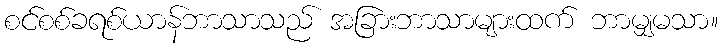
စင်စစ်ခရစ်ယာန်ဘာသာသည် အခြားဘာသာများထက် ဘာမျှမသာ။